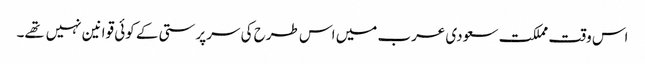
اس وقت مملکت سعودی عرب میں اس طرح کی سرپرستی کے کوئی قوانین نہیں تهے۔